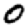
Digit: 0